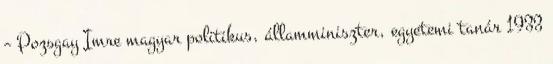
– Pozsgay Imre magyar politikus, államminiszter, egyetemi tanár 1933